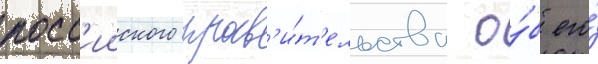
росс'ииского прав'и́т'ельства о́б его́